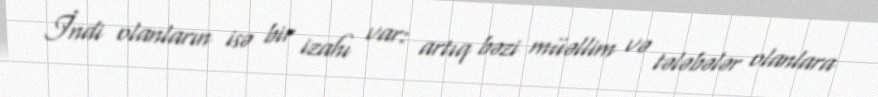
İndi olanların isə bir izahı var: artıq bəzi müəllim və tələbələr olanlara